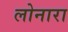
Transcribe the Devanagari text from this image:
लोनारा